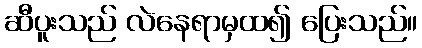
ဆီပူးသည် လဲနေရာမှထ၍ ပြေးသည်။